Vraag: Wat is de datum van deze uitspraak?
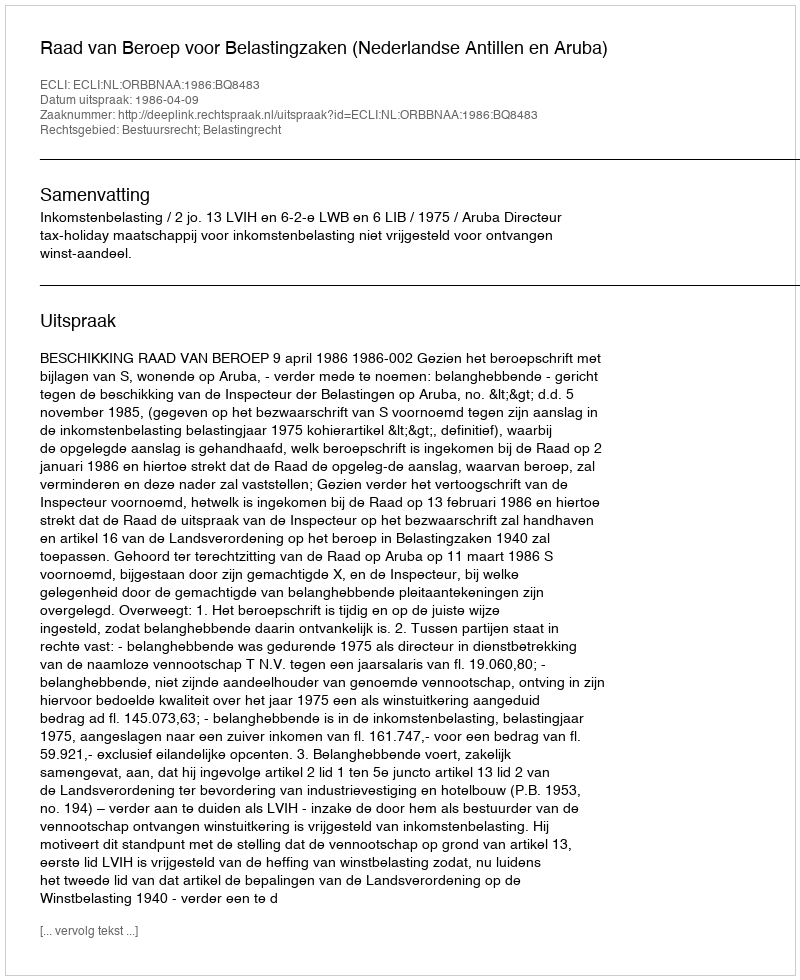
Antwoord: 1986-04-09